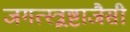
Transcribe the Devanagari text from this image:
जगत्स्त्र्रष्टाजैसी